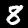
Digit: 8